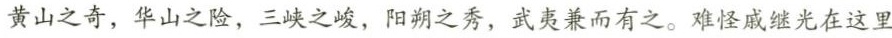
黄山之奇，华山之险，三峡之峻，阳朔之秀，武夷兼而有之。难怪戚继光在这里